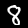
Digit: 8